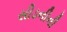
સીડનીની